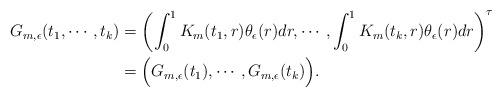
LaTeX: \begin{align*}\begin{aligned}G_{m,\epsilon}(t_1,\cdots, t_k)&=\left(\int^{1}_{0}K_{m}(t_1,r)\theta_{\epsilon}(r)dr,\cdots, \int^{1}_{0}K_{m}(t_k,r)\theta_{\epsilon}(r)dr\right)^{\tau}\\&=\Big(G_{m,\epsilon}(t_1),\cdots,G_{m,\epsilon}(t_k)\Big).\end{aligned}\end{align*}